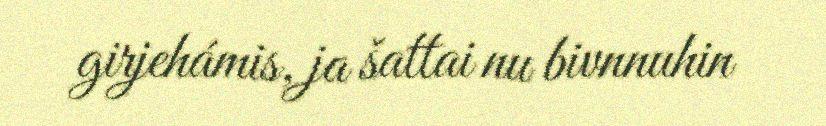
girjehámis, ja šattai nu bivnnuhin